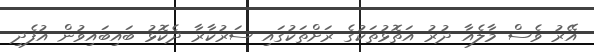
އޭރު ވެސް މާލެއާ ދުރު އަތޮޅުތަކުގެ ރަށްތަކުގައި ސަރުކާރާ ދެކޮޅު ބައިބައިވުން އުފެދި